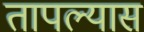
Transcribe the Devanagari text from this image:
तापल्यास